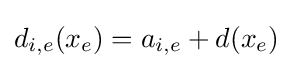
d_{i,e}(x_{e})=a_{i,e}+d(x_{e})